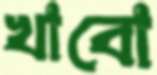
খাবো